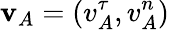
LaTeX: \mathbf{v}_{A}=(v_{A}^{\tau},v_{A}^{n})